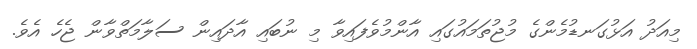
މިއަދު އަޅުގަނޑުމެންގެ މުޖުތަމައުގައި އާންމުވެފައިވާ މި ނުބައި އާދައިން ސަލާމަތްވާން ޖެހެ އެވެ.